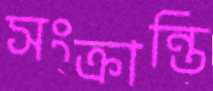
সংক্রান্তি